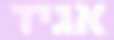
אגיד